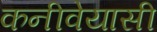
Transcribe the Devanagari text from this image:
कनीवेयासी